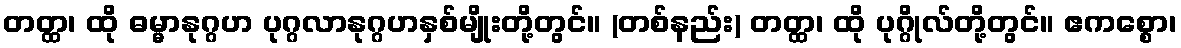
တတ္ထ၊ ထို ဓမ္မာနုဂ္ဂဟ ပုဂ္ဂလာနုဂ္ဂဟနှစ်မျိုးတို့တွင်။ (တစ်နည်း) တတ္ထ၊ ထို ပုဂ္ဂိုလ်တို့တွင်။ ဧကစ္စော၊